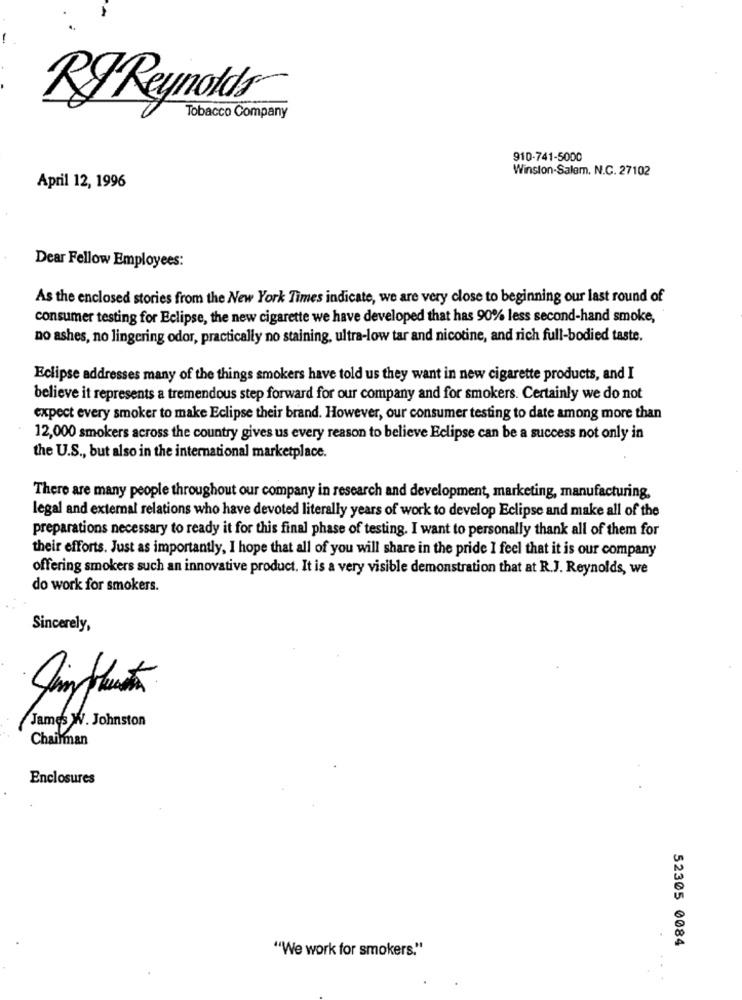
RJ Reynolds
Tobacco Company
910-741-5000
Winston-Salem. N.C. 27102
April 12, 1996
Dear Fellow Employees:
As the enclosed stories from the New York Times indicate, we are very close to beginning our last round of
consumer testing for Eclipse, the new cigarette we have developed that has 90% less second-hand smoke,
no ashes, no lingering odor, practically no staining, ultra-low tar and nicotine, and rich full-bodied taste.
Eclipse addresses many of the things smokers have told us they want in new cigarette products, and I
believe it represents a tremendous step forward for our company and for smokers. Certainly we do not
expect every smoker to make Eclipse their brand. However, our consumer testing to date among more than
12,000 smokers across the country gives us every reason to believe Eclipse can be a success not only in
the U.S ., but also in the international marketplace.
There are many people throughout our company in research and development, marketing, manufacturing,
legal and external relations who have devoted literally years of work to develop Eclipse and make all of the
preparations necessary to ready it for this final phase of testing. I want to personally thank all of them for
their efforts. Just as importantly, I hope that all of you will share in the pride I feel that it is our company
offering smokers such an innovative product. It is a very visible demonstration that at R.J. Reynolds, we
do work for smokers.
Sincerely,
James W. Johnston
Chairman
Enclosures
.
"We work for smokers."
52305 0084